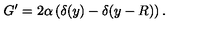
G ^ { \prime } = 2 \alpha \left( \delta ( y ) - \delta ( y - R ) \right) .